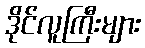
ဒိုင်လူကြီးများ